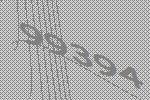
99394